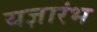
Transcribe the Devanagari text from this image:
यज्ञारंभ